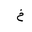
Letter: _kha